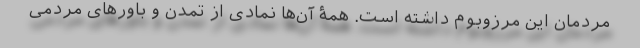
مردمان این مرزوبوم داشته است. همۀ آن‌ها نمادی از تمدن و باورهای مردمی